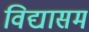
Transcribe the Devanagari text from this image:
विद्यासमं